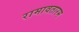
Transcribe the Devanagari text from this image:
रामावतारम